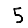
Digit: 5